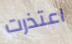
اعتذرت